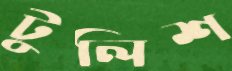
টুলিশ